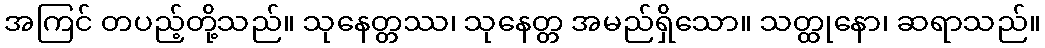
အကြင် တပည့်တို့သည်။ သုနေတ္တဿ၊ သုနေတ္တ အမည်ရှိသော။ သတ္ထုနော၊ ဆရာသည်။